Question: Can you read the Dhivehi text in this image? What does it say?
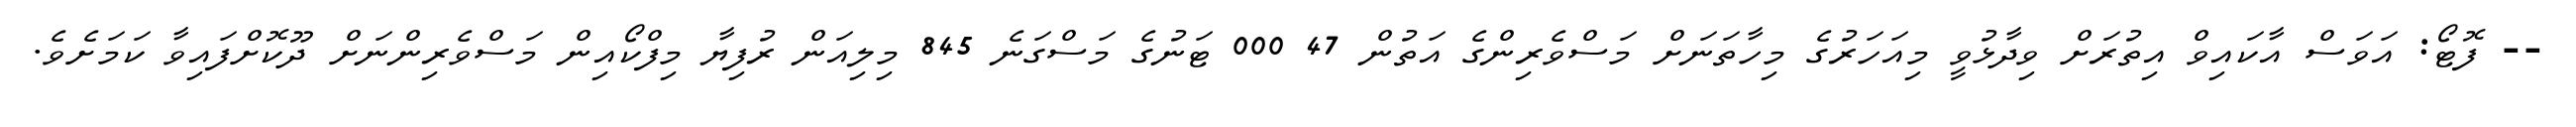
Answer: -- ފޮޓޯ: އަވަސް އާކައިވް އިތުރަށް ވިދާޅުވީ މިއަހަރުގެ މިހާތަނަށް މަސްވެރިންގެ އަތުން 47 000 ޓަނުގެ މަސްގަނެ 845 މިލިއަން ރުފިޔާ މިފްކޯއިން މަސްވެރިންނަށް ދޫކޮށްފައިވާ ކަމަށެވެ.